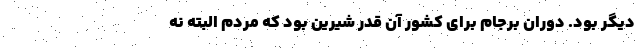
دیگر بود. دوران برجام برای کشور آن قدر شیرین بود که مردم البته نه